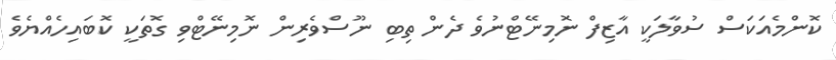
ކޮންމެއަކަސް ސުވާލަކީ އާޒިފް ނޮމިނޭޓްނުވެ ދެން ތިބި ނޫސްވެރިން ނޮމިނޭޓްވި ގޮތަކީ ކޮބައިހެއްޔެވެ